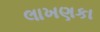
લાખણકા